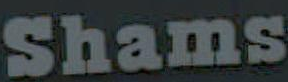
Shams